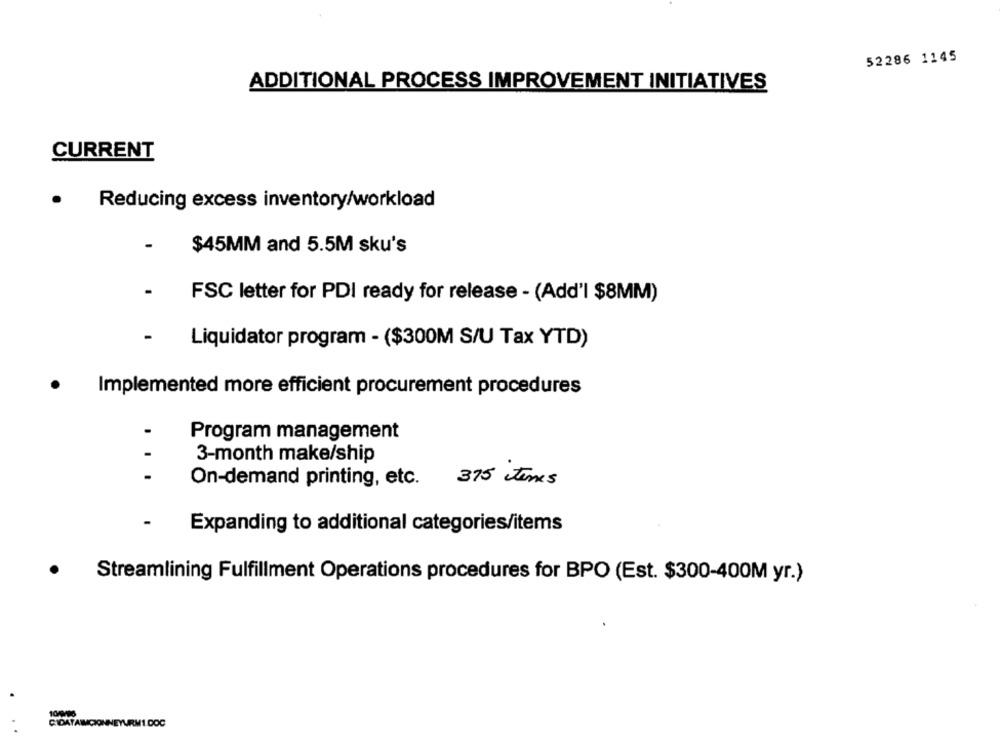
52286 1145
ADDITIONAL PROCESS IMPROVEMENT INITIATIVES
CURRENT
.
Reducing excess inventory/workload
$45MM and 5.5M sku's
FSC letter for PDI ready for release - (Add'l $8MM)
-
Liquidator program - ($300M S/U Tax YTD)
Implemented more efficient procurement procedures
Program management
3-month make/ship
On-demand printing, etc. 375 times
-
Expanding to additional categories/items
Streamlining Fulfillment Operations procedures for BPO (Est. $300-400M yr.)